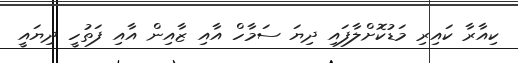
ކިއާރާ ކައިރި މަޑުކޮށްލާފައި ދިޔަ ސަމާހް އާއި ޒާއިން އާއި ފަތުހީ ދިޔައީ